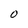
Character: 0